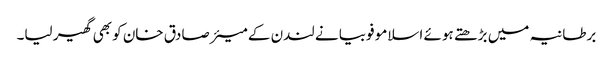
برطانیہ میں بڑھتے ہوئے اسلامو فوبیا نے لندن کے میئر صادق خان کو بھی گھیر لیا۔